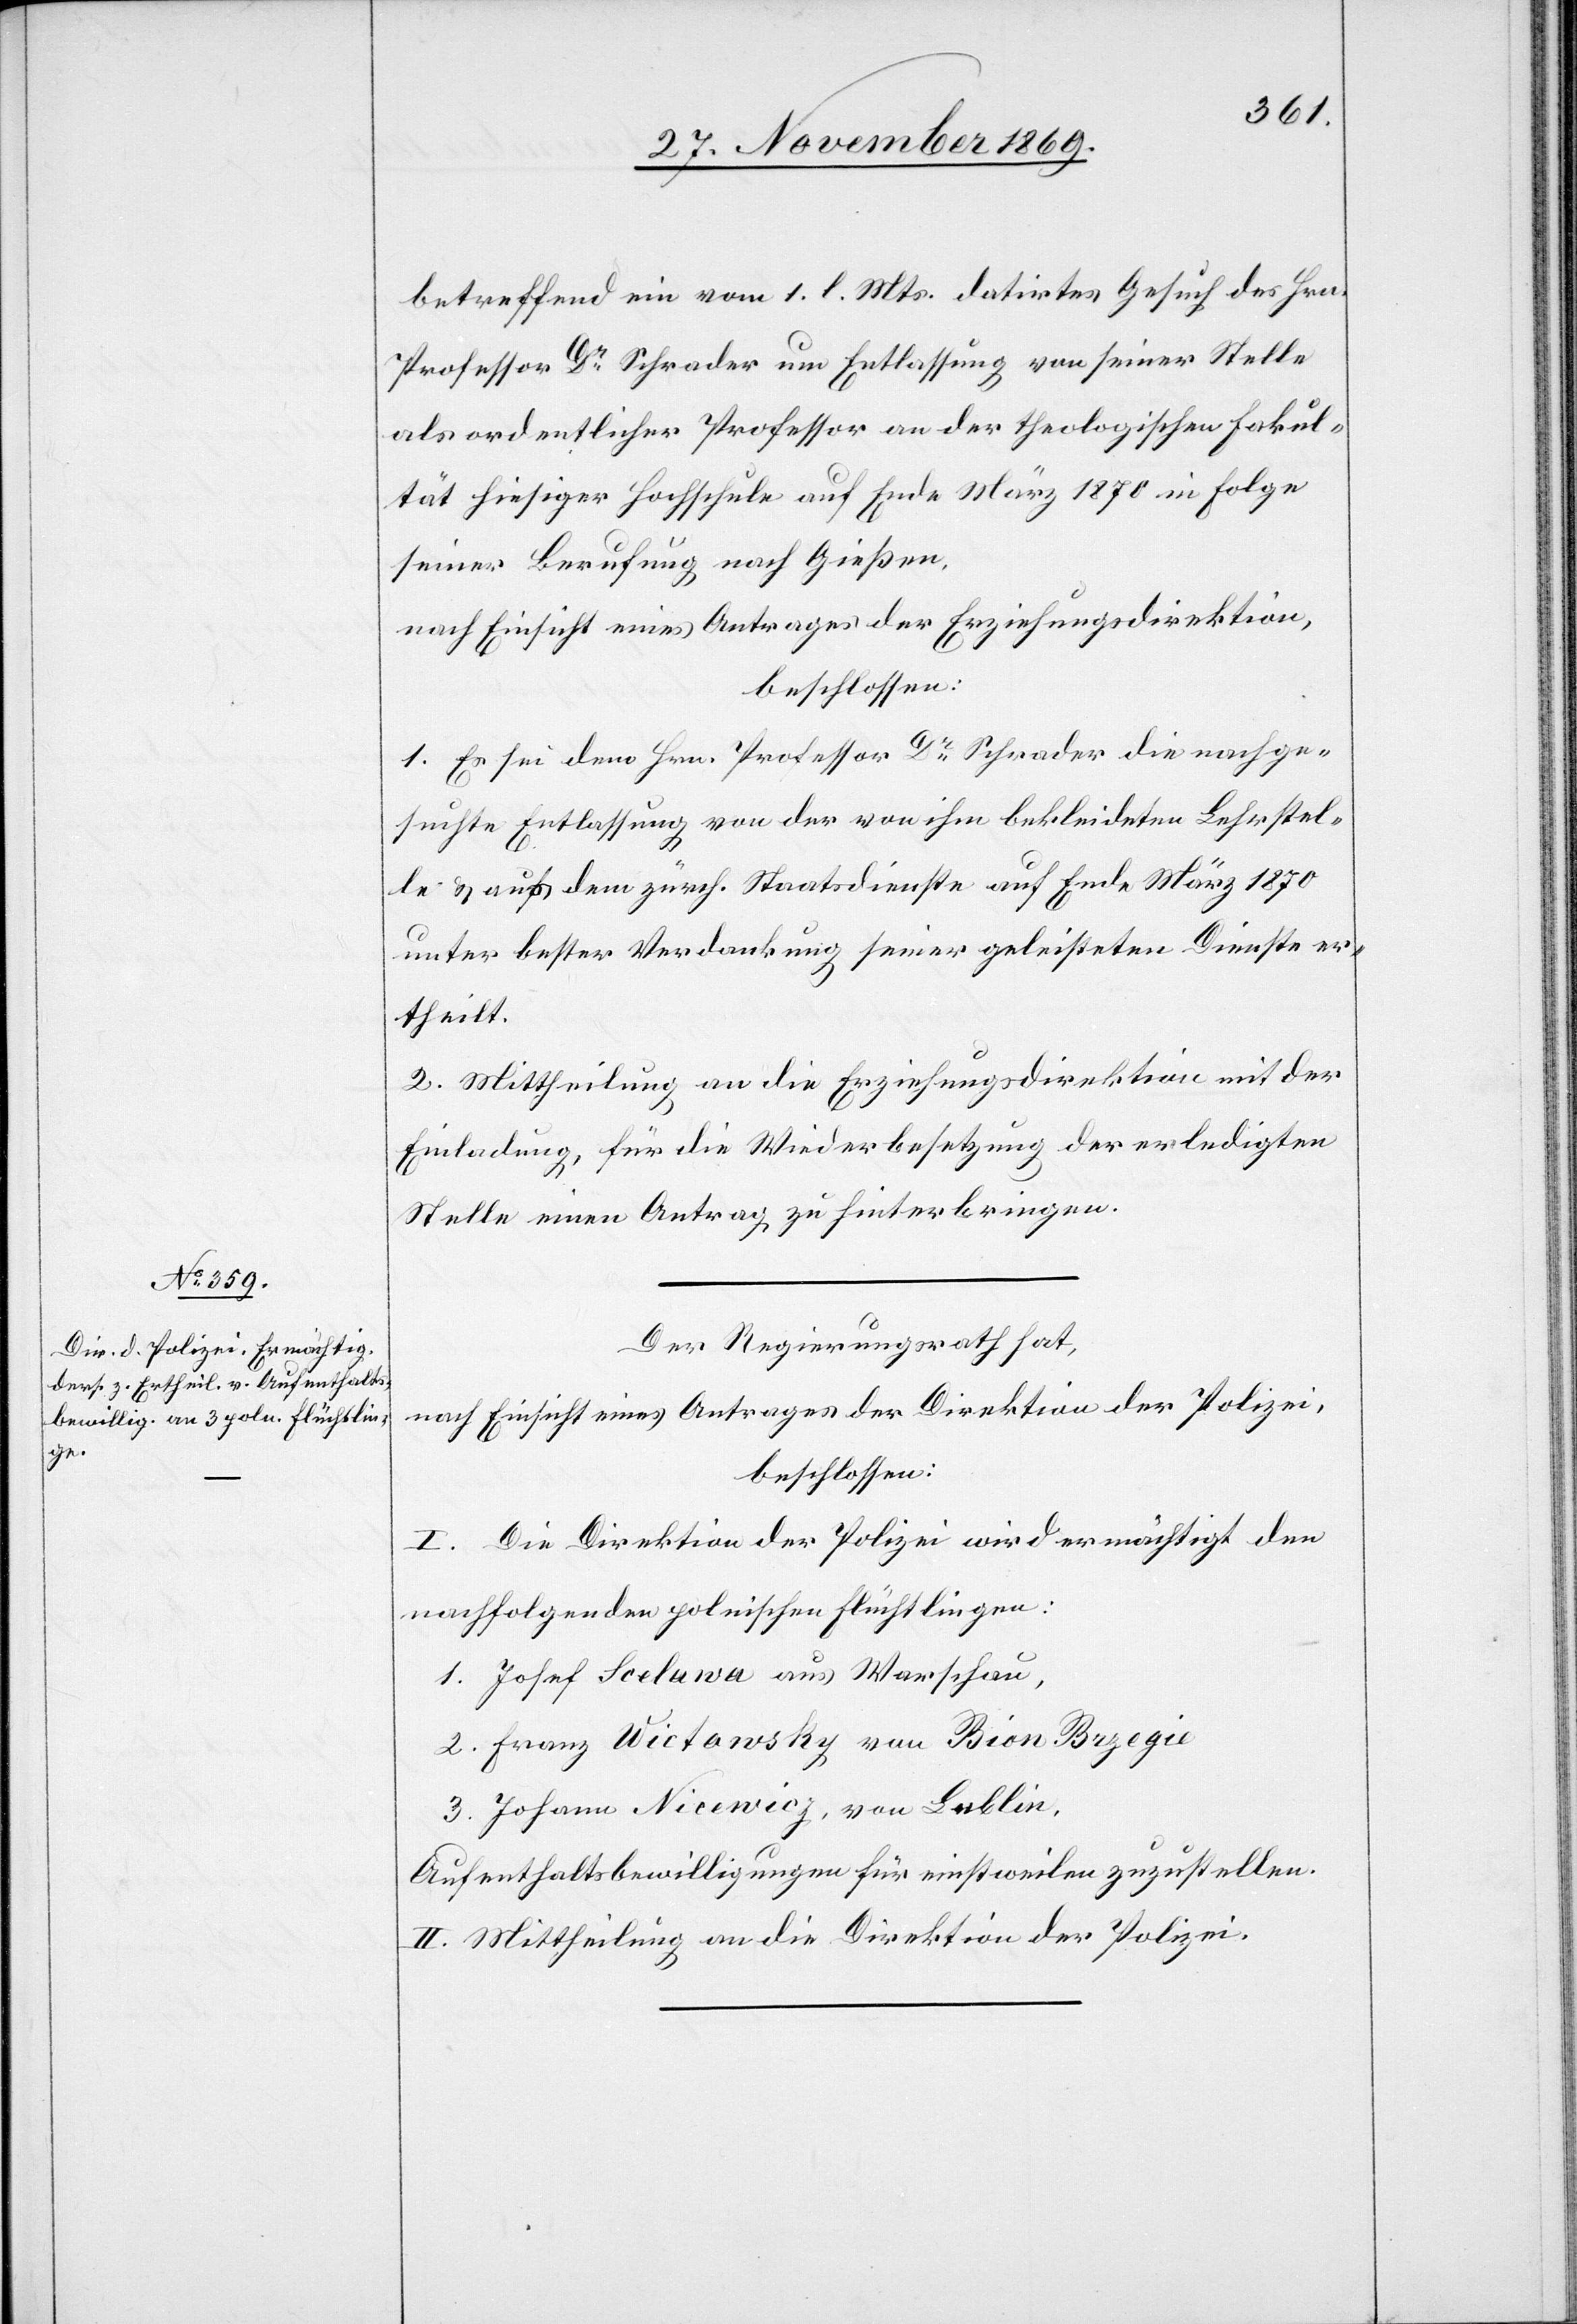
betreffend ein vom 1. l. Mts. datirtes Gesuch des Hrn.
Professor Dr Schrader um Entlassung von seiner Stelle
als ordentlicher Professor an der theologischen Fakul¬
tät hiesiger Hochschule auf Ende März 1870 in Folge
seiner Berufung nach Gießen,
nach Einsicht eines Antrages der Erziehungsdirektion,
beschlossen:
1. Es sei dem Hrn. Professor Dr Schrader die nachge¬
suchte Entlassung von der von ihm bekleideten Lehrstel¬
le & aus dem zürch. Staatsdienste auf Ende März 1870
unter bester Verdankung seiner geleisteten Dienste er¬
theilt.
2. Mittheilung an die Erziehungsdirektion mit der
Einladung, für die Wiederbesetzung der erledigten
Stelle einen Antrag zu hinterbringen.
Der Regierungsrath hat,
nach Einsicht eines Antrages der Direktion der Polizei,
beschlossen:
I. Die Direktion der Polizei wird ermächtigt den
nachfolgenden polnischen Flüchtlingen:
1. Josef Scelawa aus Warschau,
2. Franz Wictawsky von Bion Brzegie
3. Johann Nicewicz, von Lublin,
Aufenthaltsbewilligungen für einstweilen zuzustellen.
II. Mittheilung an die Direktion der Polizei.